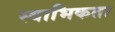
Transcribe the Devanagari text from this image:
स्वाभिकता